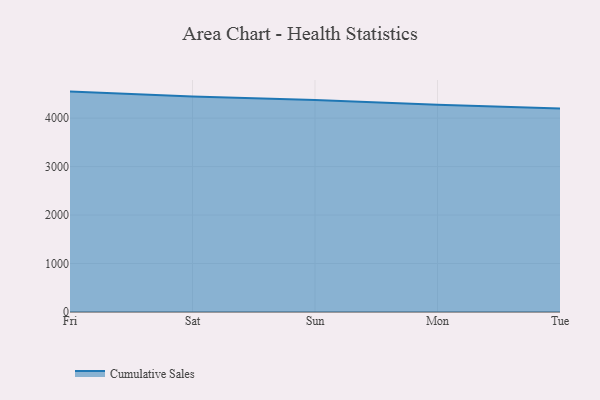
{"axis": {"x": "Day", "y": "Customer Acquisition Cost (USD)"}, "legend": ["Cumulative Sales"], "data": [{"x": "Fri", "y": 4547.5, "type": "Cumulative Sales"}, {"x": "Sat", "y": 4446.5, "type": "Cumulative Sales"}, {"x": "Sun", "y": 4375.8, "type": "Cumulative Sales"}, {"x": "Mon", "y": 4278.5, "type": "Cumulative Sales"}, {"x": "Tue", "y": 4201.3, "type": "Cumulative Sales"}]}